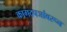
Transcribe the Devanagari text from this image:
कागदपञांवरून